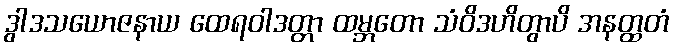
ဒွါဒသယောဇနာယ ထေရဝါဒတ္တာ ထမ္ဘတော သံဝိဒဟိတွာပိ အနတ္ထတံ